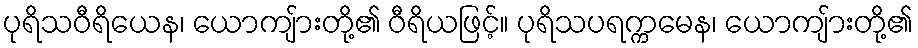
ပုရိသဝီရိယေန၊ ယောကျ်ားတို့၏ ဝီရိယဖြင့်။ ပုရိသပရက္ကမေန၊ ယောကျ်ားတို့၏